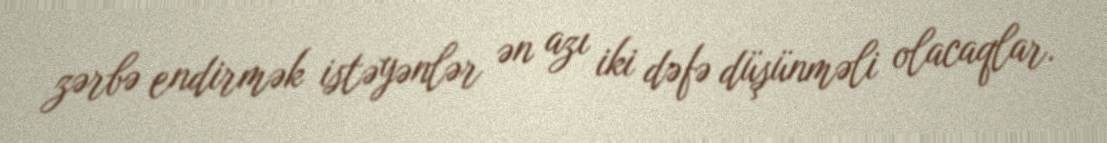
zərbə endirmək istəyənlər ən azı iki dəfə düşünməli olacaqlar.